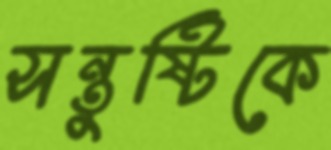
সন্তুষ্টিকে